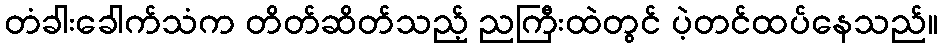
တံခါးခေါက်သံက တိတ်ဆိတ်သည့် ညကြီးထဲတွင် ပဲ့တင်ထပ်နေသည်။